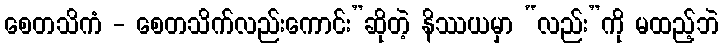
စေတသိကံ - စေတသိက်လည်းကောင်း”ဆိုတဲ့ နိဿယမှာ “လည်း”ကို မထည့်ဘဲ